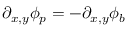
\begin{array} { r } { \partial _ { x , y } \phi _ { p } = - \partial _ { x , y } \phi _ { b } } \end{array}